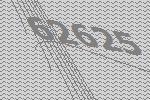
62625